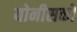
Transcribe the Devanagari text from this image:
योनीसको